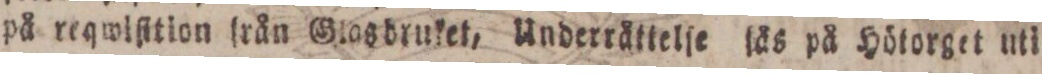
på reqwiſition från Glasbruket, Underråttelſe ſås på Hötorget uti